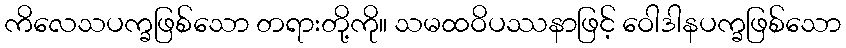
ကိလေသပက္ခဖြစ်သော တရားတို့ကို။ သမထဝိပဿနာဖြင့် ဝေါဒါနပက္ခဖြစ်သော